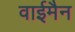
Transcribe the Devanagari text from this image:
वाईमैन